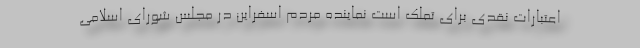
اعتبارات نقدی برای تملک است نماینده مردم اسفراین در مجلس شورای اسلامی